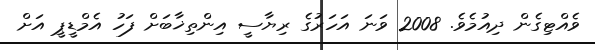
ވެއްޓިގެން ދިއުމެވެ. 2008 ވަނަ އަހަރުގެ ރިޔާސީ އިންތިޚާބަށް ފަހު އެމްޑީޕީ އަށް